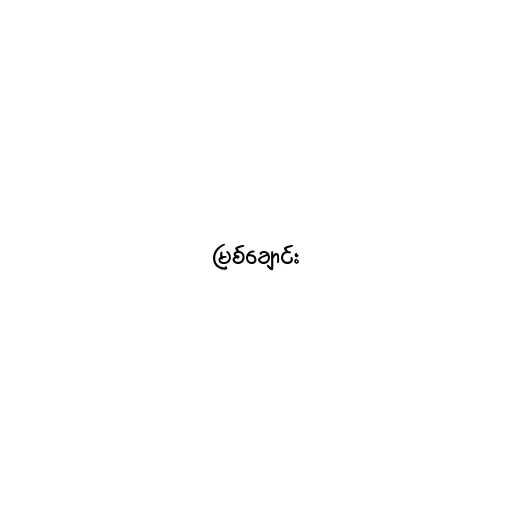
မြစ်ချောင်း